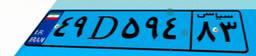
۲۵D۲۱۳۶۸